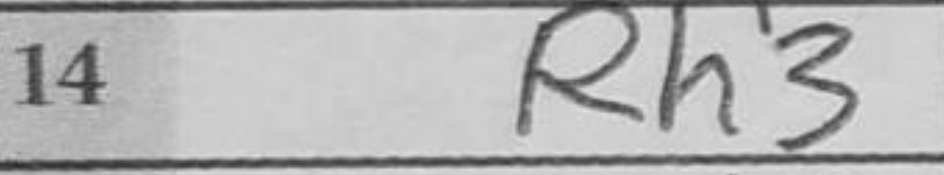
Transcription: Rh3